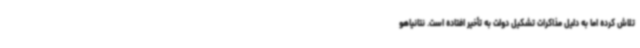
تلاش کرده اما به دلیل مذاکرات تشکیل دولت به تأخیر افتاده است. نتانیاهو